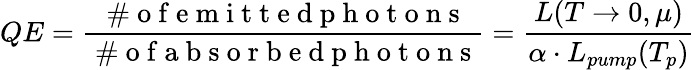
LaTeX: QE=\frac{\mathrm{~\# ~o~f~e~m~i~t~t~e~d~p~h~o~t~o~n~s~}}{\mathrm{~\# ~o~f~a~b~s~o~r~b~e~d~p~h~o~t~o~n~s~}}=\frac{L(T\rightarrow 0,\mu)}{\alpha\cdot L_{pump}(T_{p})}